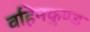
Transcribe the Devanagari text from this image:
वहिनकुण्ड